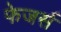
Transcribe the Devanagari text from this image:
फेजर्स